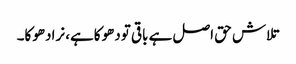
تلاش حق اصل ہے باقی تودھوکاہے، نرادھوکا۔